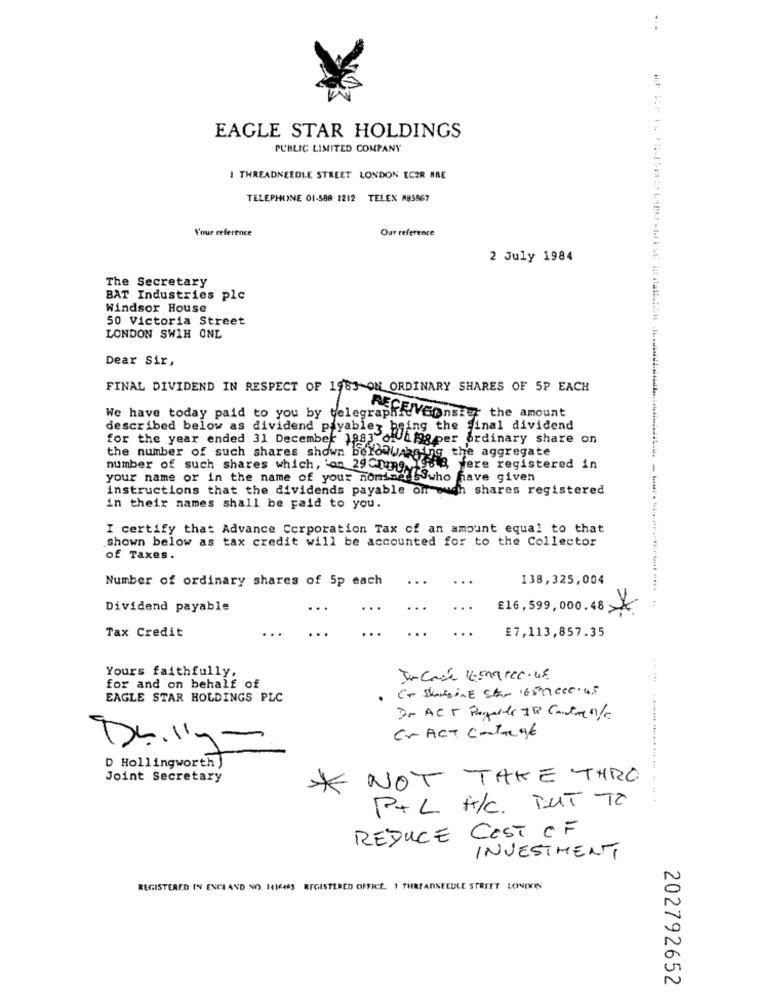
:
EAGLE STAR HOLDINGS
PUBLIC LIMITED COMPANY
I THREADNEEDLE STREET LONDON ECZR BBE
TELEPHONE 01-588 1212 TELEX M85867
Your reference
Our reference
2 July 1984
The Secretary
BAT Industries plc
Windsor House
50 Victoria Street
LONDON SWIH ONL
Dear Sir,
FINAL DIVIDEND IN RESPECT OF 1983 ON ORDINARY SHARES OF 5P EACH
We have today paid to you by telegraphic Conster the amount
RECE
described below as dividend payablez being the final dividend
for the year ended 31 December 1983 of 1198 per ordinary share on
the number of such shares shown belowwarning the aggregate
number of such shares which, 'on 29Chape 198 8, were registered in
your name or in the name of your nomine Sowho have given
instructions that the dividends payable on ouch shares registered
in their names shall be paid to you.
I certify that Advance Corporation Tax of an amount equal to that
shown below as tax credit will be accounted for to the Collector
of Taxes.
Number of ordinary shares of 5p each
...
138,325,004
Dividend payable
...
...
€16,599,000.48 X
...
..
Tax Credit
£7,113,857.35
Yours faithfully,
for and on behalf of
· Co Skabine Star 165 Mecc.45
EAGLE STAR HOLDINGS PLC
Cr ACT Contage
Dolly-
D Hollingworth )
Joint Secretary
NOT TAKE THRO
*
P+L A/C. BUT TO
REDUCE COST OF
INVESTMENT
REGISTERED IN ENGLAND SO HIKERS REGISTERED OFFICE. I THREADNEEDLE STREET LONDON
202792652